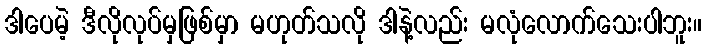
ဒါပေမဲ့ ဒီလိုလုပ်မှဖြစ်မှာ မဟုတ်သလို ဒါနဲ့လည်း မလုံလောက်သေးပါဘူး။